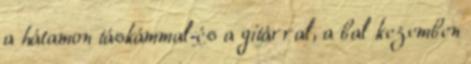
a hátamon táskámmal és a gitárral, a bal kezemben